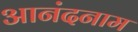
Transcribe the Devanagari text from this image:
आनंदनाम